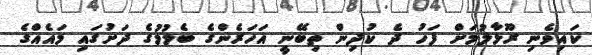
ކައިވެނި ރޫޅާލުމަށް ފަހު ދެ ކުދިން ތިބޭނީ އަހަރެންގެ ބެލުމުގެ ދަށުގައި މައެއްގެ